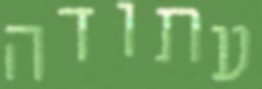
עתודה